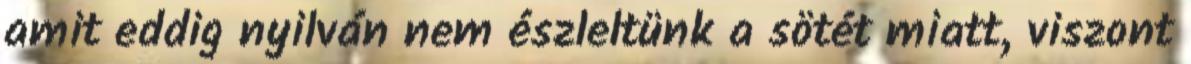
amit eddig nyilván nem észleltünk a sötét miatt, viszont